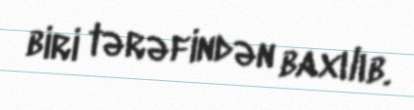
biri tərəfindən baxılıb.